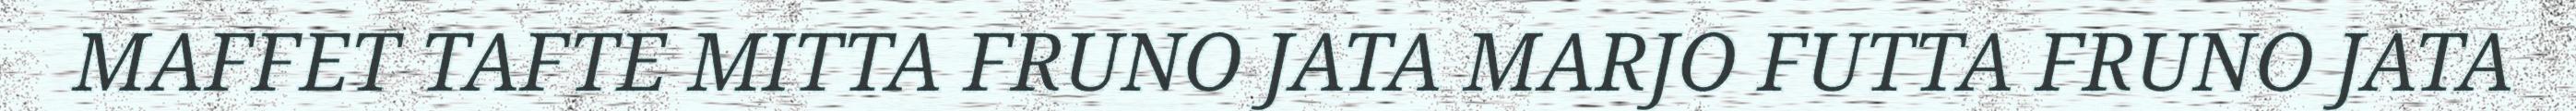
MAFFET TAFTE MITTA FRUNO JATA MARJO FUTTA FRUNO JATA